Problem: 9 × 6 = ?
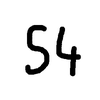
Handwritten answer: 54